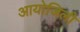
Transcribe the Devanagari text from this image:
आयोजिली